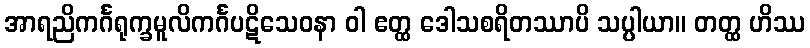
အာရညိကင်္ဂရုက္ခမူလိကင်္ဂပဋိသေဝနာ ဝါ ဧတ္ထ ဒေါသစရိတဿာပိ သပ္ပါယာ။ တတ္ထ ဟိဿ